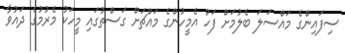
ސިފައިންގެ މައްސަލަ ބެލުމަށް ފަހު އެމީހުންގެ މައްޗަށް ގަސްތުގައި މީހަކު މެރުމުގެ ދައުވާ